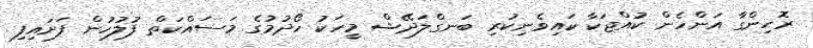
ރޮހިންގާ އަންހެން ކުއްޖަކާ ކައިވެނިކުރި ބަނގްލަދޭޝް މީހަކު ހޯދުމުގެ މަސައްކަތް ފުލުހުން ފަށައިފި